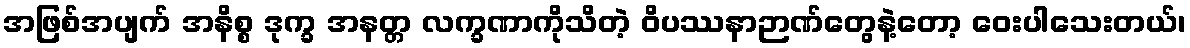
အဖြစ်အပျက် အနိစ္စ ဒုက္ခ အနတ္တ လက္ခဏာကိုသိတဲ့ ဝိပဿနာဉာဏ်တွေနဲ့တော့ ဝေးပါသေးတယ်၊